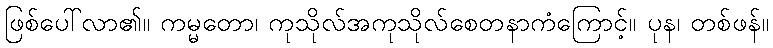
ဖြစ်ပေါ်လာ၏။ ကမ္မတော၊ ကုသိုလ်အကုသိုလ်စေတနာကံကြောင့်။ ပုန၊ တစ်ဖန်။